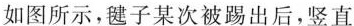
如图所示，毽子某次被踢出后，竖直